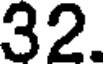
32.